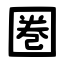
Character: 圏